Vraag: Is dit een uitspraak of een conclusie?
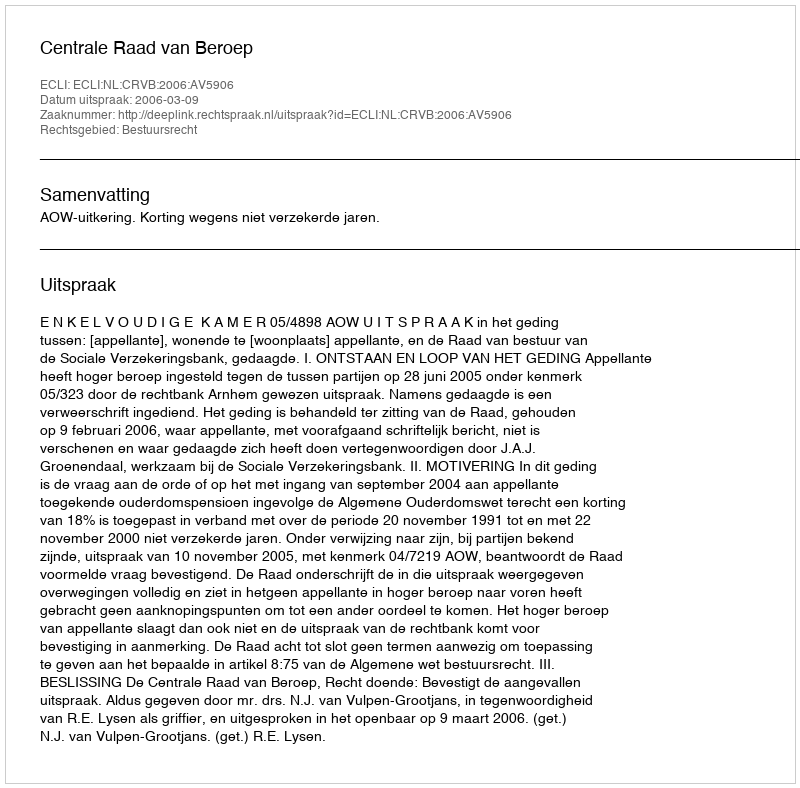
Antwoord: Uitspraak